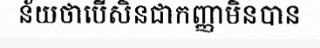
ន័យថាបើសិនជាកញ្ញាមិនបាន